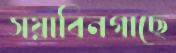
সয়াবিনগাছে